Annual report of the Civil Veterinary Department, Bengal, for the year 1898-99 - 1898-1899
Year: 1898
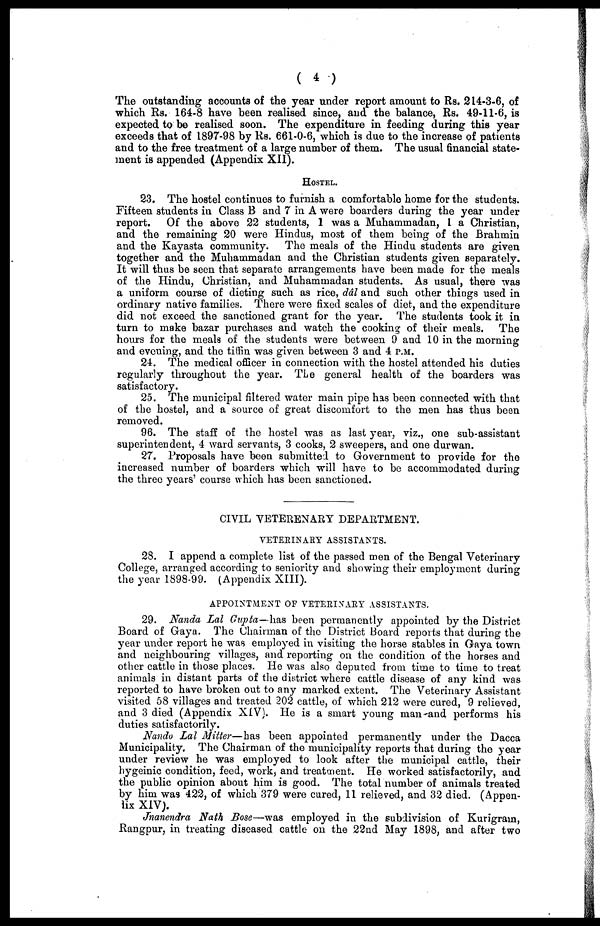
( 4 )
The outstanding accounta of the year under report amount to Rs. 214-3-6, of
which Rs. 164-8 have been realised since, and the balance, Rs. 49-11-6, is
expected to be realised soon. The expenditure in feeding during this year
exceeds that of 1897-98 by Rs. 661-0-6, which is due to the increase of patients
and to the free treatment of a large number of them. The usual financial state-
ment is appended (Appendix XII).
HOSTEL.
23. The hostel continues to furnish a comfortable home for the students.
Fifteen students in Class B and 7 in A were boarders during the year under
report. Of the above 22 students, 1 was a Muhaminadan, 1 a Christian,
and the remaining 20 were Hindus, most of them being of the Brahmin
and the Kayasta community. The meals of the Hindu students are given
together and the Muhammadan and the Christian students given separately.
It will thus be seen that separate arrangements have been made for the meals
of the Hindu, Christian, and Muhammadan students. As usual, there was
a uniform course of dieting such as rice, ddl and such other things used in
ordinary native families. There were fixed scales of diet, and the expenditure
did not exceed the sanctioned grant for the year. The students took it in
turn to make bazar purchases and watch the cooking of their meals. The
hours for the meals of the students were between 9 and 10 in the morning
and evening, and the tiffin was given between 3 and 4 P.M.
24. The medical officer in connection with the hostel attended his duties
regularly throughout the year. The general health of the boarders was
satisfactory.
25. The municipal filtered water main pipe has been connected with that
of the hostel, and a source of great discomfort to the men has thus been
removed.
96. The staff of the hostel was as last year, viz., one sub-assistant
superintendent, 4 ward servants, 3 cooks, 2 sweepers, and one durwan.
27. Proposals have been submitted to Government to provide for the
increased number of boarders which will have to be accommodated during
the three years' course which has been sanctioned.
CIVIL VETEKENARY DEPARTMENT.
VETERINARY ASSISTANTS.
28. I append a complete list of the passed men of the Bengal Veterinary
College, arranged according to seniority and showing their employment during
the year 1898-99. (Appendix XIII).
APPOINTMENT OP VETEKISTAKY ASSISTANTS.
29. Nanda Lal Gupta—has been permanently appointed by the District
Board of Gaya. The Chairman of the District Board reports that during the
year under report he was employed in visiting the horse stables in Gaya town
and neighbouring villages, and reporting on the condition of the horses and
other cattle in those places. He was also deputed from time to time to treat
animals in distant parts of the district where cattle disease of any kind was
reported to have broken out to any marked extent. The Veterinary Assistant
visited 58 villages and treated 202 cattle, of which 212 were cured, 9 relieved,
and 3 died (Appendix XIV). He is a smart young man and performs his
duties satisfactorily.
Nando Lal Mitter—has been appointed permanently under the Dacca
Municipality. The Chairman of the municipality reports that during the year
under review he was employed to look after the municipal cattle, their
hygeinic condition, feed, work, and treatment. He worked satisfactorily, and
the public opinion about him is good. The total number of animals treated
by him was 422, of which 379 were cured, 11 relieved, and 32 died. (Appen-
lix XIV).
Jnanendra Nath Bose—was employed in the subdivision of Kurigrain,
Rangpur, in treating diseased cattle on the 22nd May 1898, and after two